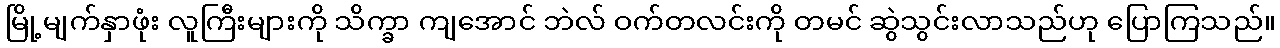
မြို့မျက်နှာဖုံး လူကြီးများကို သိက္ခာ ကျအောင် ဘဲလ် ဝက်တလင်းကို တမင် ဆွဲသွင်းလာသည်ဟု ပြောကြသည်။